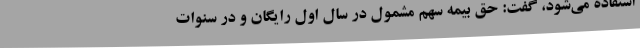
استفاده می‌شود، گفت: حق بیمه سهم مشمول در سال اول رایگان و در سنوات